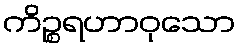
ကိဉ္စရဟာဝုသော